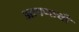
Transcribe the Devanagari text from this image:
आपणाची